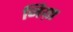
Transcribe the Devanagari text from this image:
जिय़ा